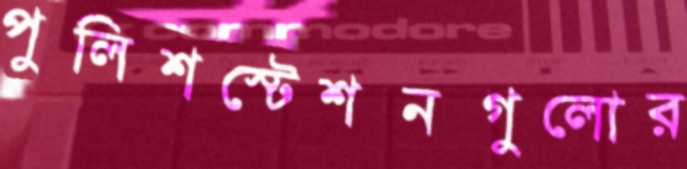
পুলিশস্টেশনগুলোর